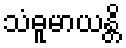
သံဓူမာယန္တိ